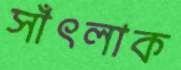
সাঁৎলাক